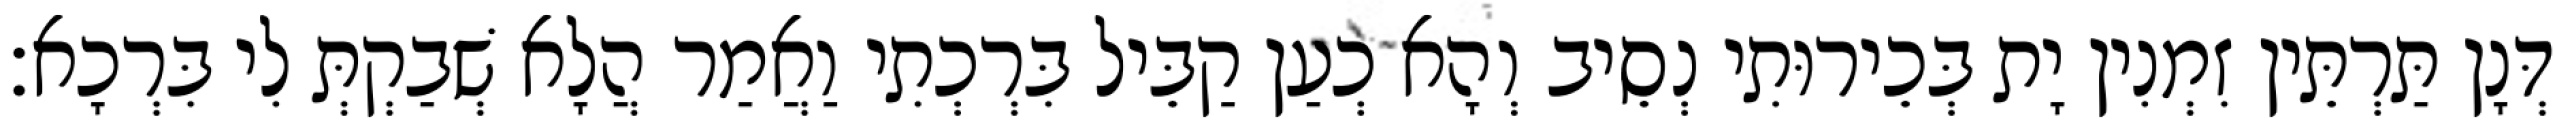
דְּנָן תַּרְתֵּין זִמְנִין יָת בְּכֵירוּתִי נְסֵיב וְהָא כְעַן קַבֵּיל בִּרְכְתִי וַאֲמַר הֲלָא שְׁבַקְתְּ לִי בִּרְכָא׃